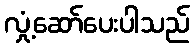
လှုံ့ဆော်ပေးပါသည်